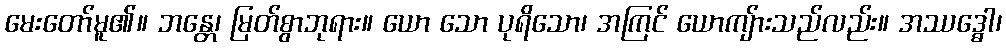
မေးတော်မူ၏။ ဘန္တေ၊ မြတ်စွာဘုရား။ ယော သော ပုရိသော၊ အကြင် ယောကျ်ားသည်လည်း။ အဿဒ္ဓေါ၊